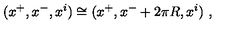
( x ^ { + } , x ^ { - } , x ^ { i } ) \cong ( x ^ { + } , x ^ { - } + 2 \pi R , x ^ { i } ) \ ,